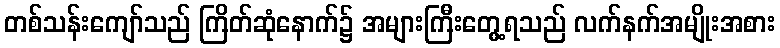
တစ်သန်းကျော်သည် ကြိတ်ဆုံနောက်၌ အများကြီးတွေ့ရသည် လက်နက်အမျိုးအစား